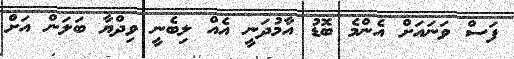
ފަސް ވަނައަށް އެންމެ ބޮޑު އާމުދަނީ އެއް ލިބެނީ ވިދްޔާ ބަލަން އަށް